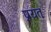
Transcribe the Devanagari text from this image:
प्रयतः